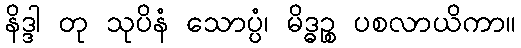
နိဒ္ဒါ တု သုပိနံ သောပ္ပံ၊ မိဒ္ဓဉ္စ ပစလာယိကာ။